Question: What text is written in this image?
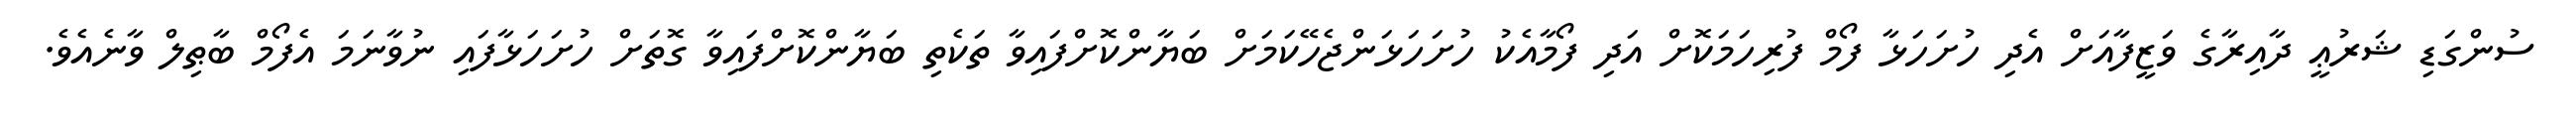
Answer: ސުންގަޑި ޝަރުޢީ ދާއިރާގެ ވަޒީފާއަށް އެދި ހުށަހަޅާ ފޯމް ފުރިހަމަކޮށް އަދި ފޯމާއެކު ހުށަހަޅަންޖެހޭކަމަށް ބަޔާންކޮށްފައިވާ ތަކެތި ބަޔާންކޮށްފައިވާ ގޮތަށް ހުށަހަޅާފައި ނުވާނަމަ އެފޯމް ބާޠިލް ވާނެއެވެ.